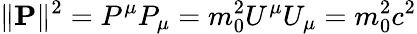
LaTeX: \| \mathbf{P}\| ^{2}=P^{\mu}P_{\mu}=m_{0}^{2}U^{\mu}U_{\mu}=m_{0}^{2}c^{2}